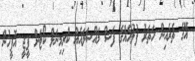
އޭގެ ތެރެއިން ހަތަރު ފުލުހެއްގެ ފަސް މައްސަލައެއް ކްރިމިނަލް ކޯޓަށް ޕީޖީ އޮފީހުން